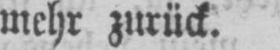
mehr zurück.